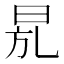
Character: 𣆍